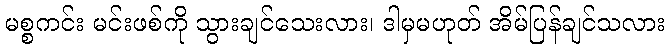
မစ္စကင်း မင်းဖစ်ကို သွားချင်သေးလား၊ ဒါမှမဟုတ် အိမ်ပြန်ချင်သလား